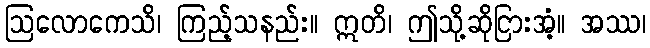
ဩလောကေသိ၊ ကြည့်သနည်း။ ဣတိ၊ ဤသို့ဆိုငြားအံ့။ အဿ၊